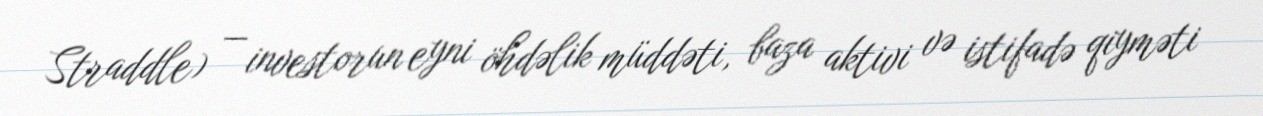
Straddle) — investorun eyni öhdəlik müddəti, baza aktivi və istifadə qiyməti